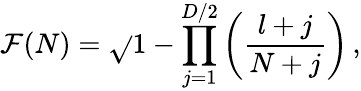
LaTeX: \mathcal{F}(N)=\sqrt{}{{1-\prod_{j=1}^{D/2}\left(\frac{{l+j}}{{N+j}}\right)}}\, ,